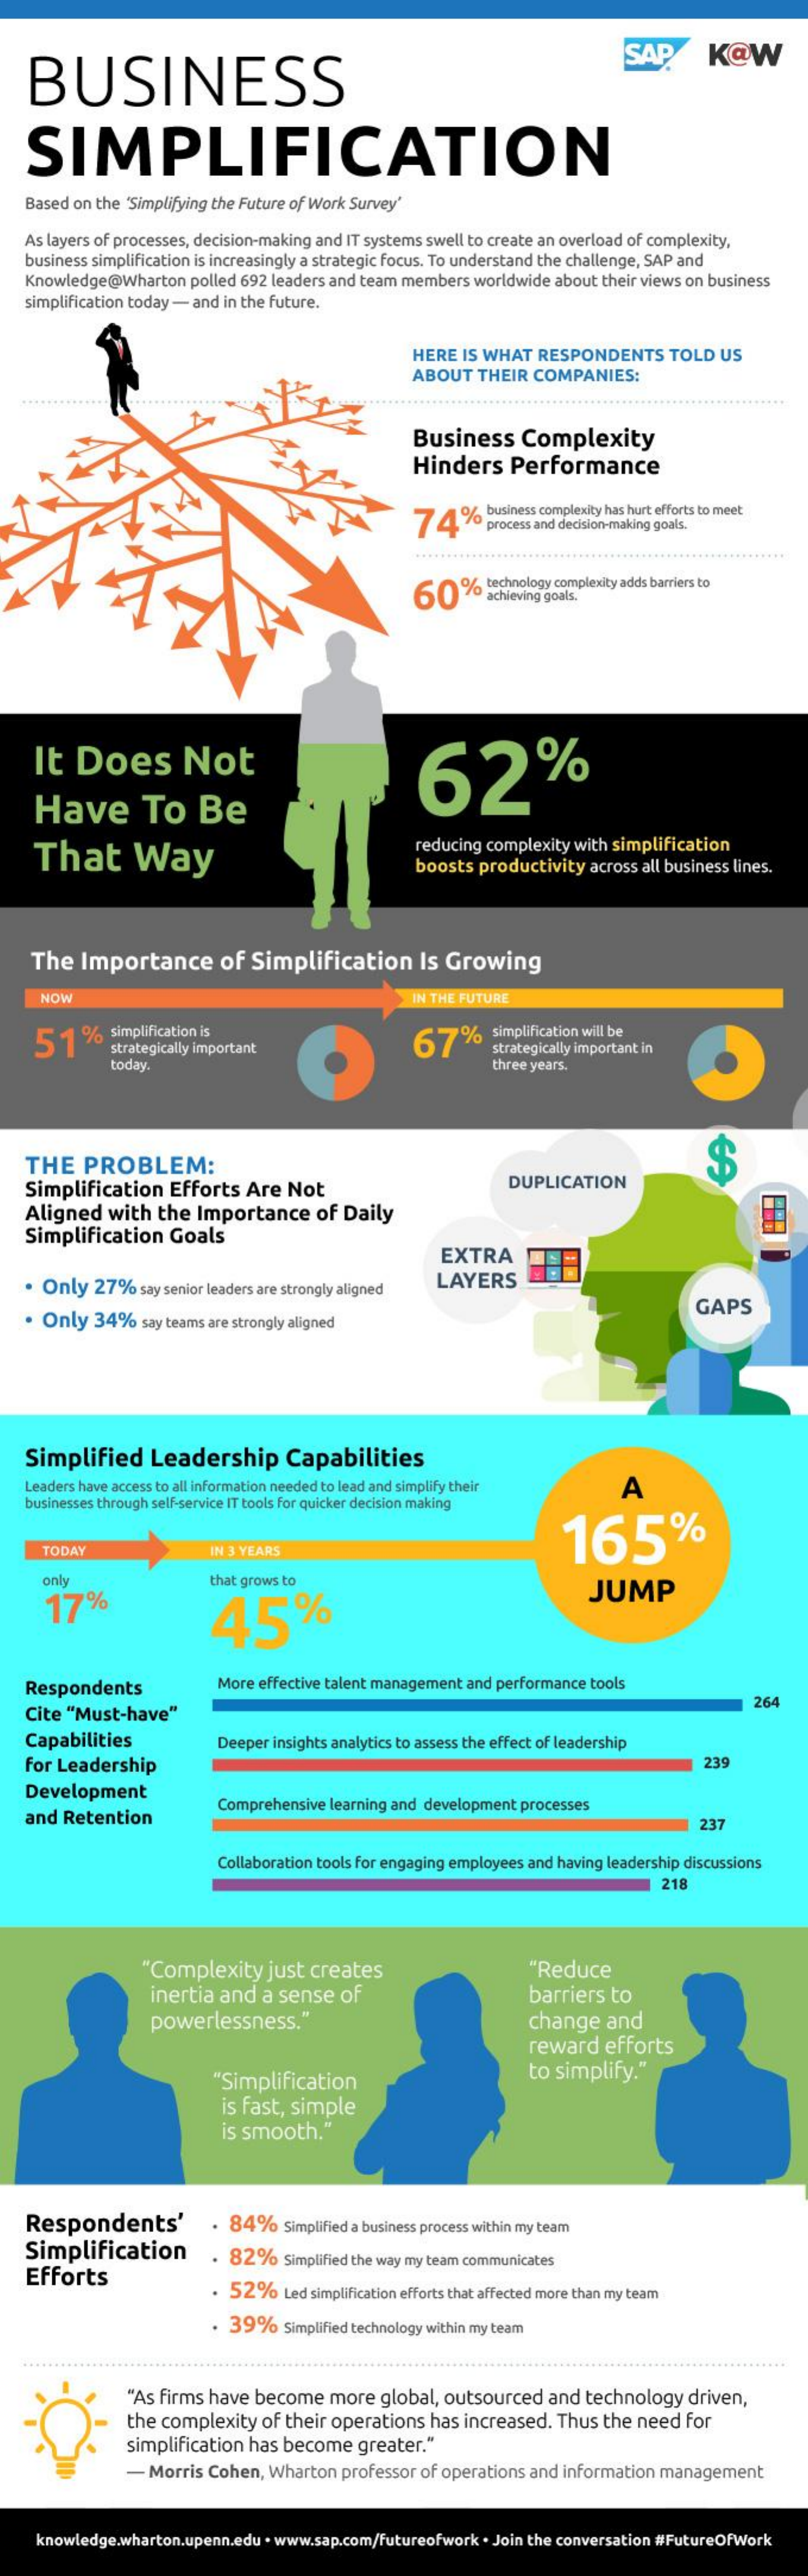
BUSINESS
     SAP    K@W
   SIMPLIFICATION
   Based on the "Simplifying the Future of Work Survey'
   As layers of processes, decision-making and IT systems swell to create an overload of complexity,
   business simplification is increasingly a strategic focus. To understand the challenge, SAP and
   Knowledge@Wharton  polled 692 leaders and team members worldwide about their views on business
   simplification today - and in the future.
     HERE IS WHAT  RESPONDENTS    TOLD  US
     ABOUT  THEIR COMPANIES:
     Business    Complexity
     Hinders    Performance
     74%
     business complexity has hurt efforts to meet
     process and decision-making goals.
     .....
     60%    c technology complexity adds barriers to
     achieving goals.
    It  Does    Not    62%
    Have    To    Be
    That    Way
     reducing complexity with simplification
     boosts productivity across all business lines.
    The  Importance    of  Simplification    Is Growing
     NOW    IN THE FUTURE
     51    % simplification is
     strategically important    67%    simplification will be
     67%    strategically important in
     today.    three years.
   THE    PROBLEM:    $
   Simplification  Efforts  Are  Not    DUPLICATION
   Aligned   with the  Importance    of Daily
   Simplification  Goals
     EXTRA
   · Only  27%  say senior leaders are strongly aligned LAYERS
   · Only  34%   say teams are strongly aligned
     GAPS
   Simplified    Leadership    Capabilities
   Leaders have access to all information needed to lead and simplify their A
   businesses through self-service IT tools for quicker decision making
     165%
     TODAY    IN 3 YEARS
     only    that grows to
     17%    45%
     JUMP
   Respondents    More effective talent management and performance tools
   Cite "Must-have"
     264
   Capabilities    Deeper insights analytics to assess the effect of leadership
   for Leadership    239
   Development
   and Retention
     Comprehensive learning and development processes
     237
     Collaboration tools for engaging employees and having leadership discussions
     218
     "Complexity   just creates    "Reduce
     inertia and a sense  of    barriers to
     powerlessness."    change   and
     reward   efforts
     "Simplification    to simplify."
     is fast, simple
     is smooth."
   Respondents'    . 84%    Simplified a business process within my team
   Simplification
   Efforts
     . 82%    Simplified the way my team communicates
     . 52%  Led simplification efforts that affected more than my team
     .  39%   Simplified technology within my team
     "As firms have become  more  global, outsourced and  technology driven,
     the complexity of their operations has increased. Thus the need for
     simplification has become greater."
     - Morris Cohen, Wharton professor of operations and information management
     knowledge.wharton.upenn.edu . www.sap.com/futureofwork . Join the conversation #FutureOfWork